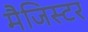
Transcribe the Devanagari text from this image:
मैजिस्टर